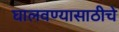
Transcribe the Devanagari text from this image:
घालवण्यासाठीचे